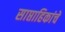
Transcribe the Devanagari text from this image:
साप्ताहिकांचे